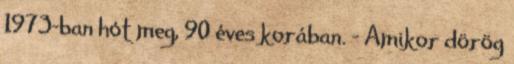
1973-ban hót meg, 90 éves korában. - Amikor dörög